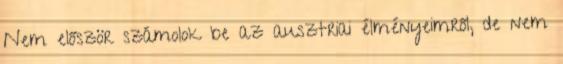
Nem először számolok be az ausztriai élményeimről, de nem